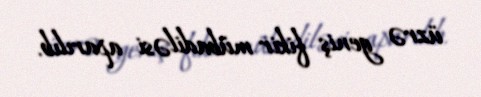
üzrə geniş fikir mübadiləsi aparılıb.